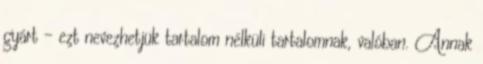
gyárt – ezt nevezhetjük tartalom nélküli tartalomnak, valóban. Annak